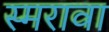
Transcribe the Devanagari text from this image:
स्मरावा